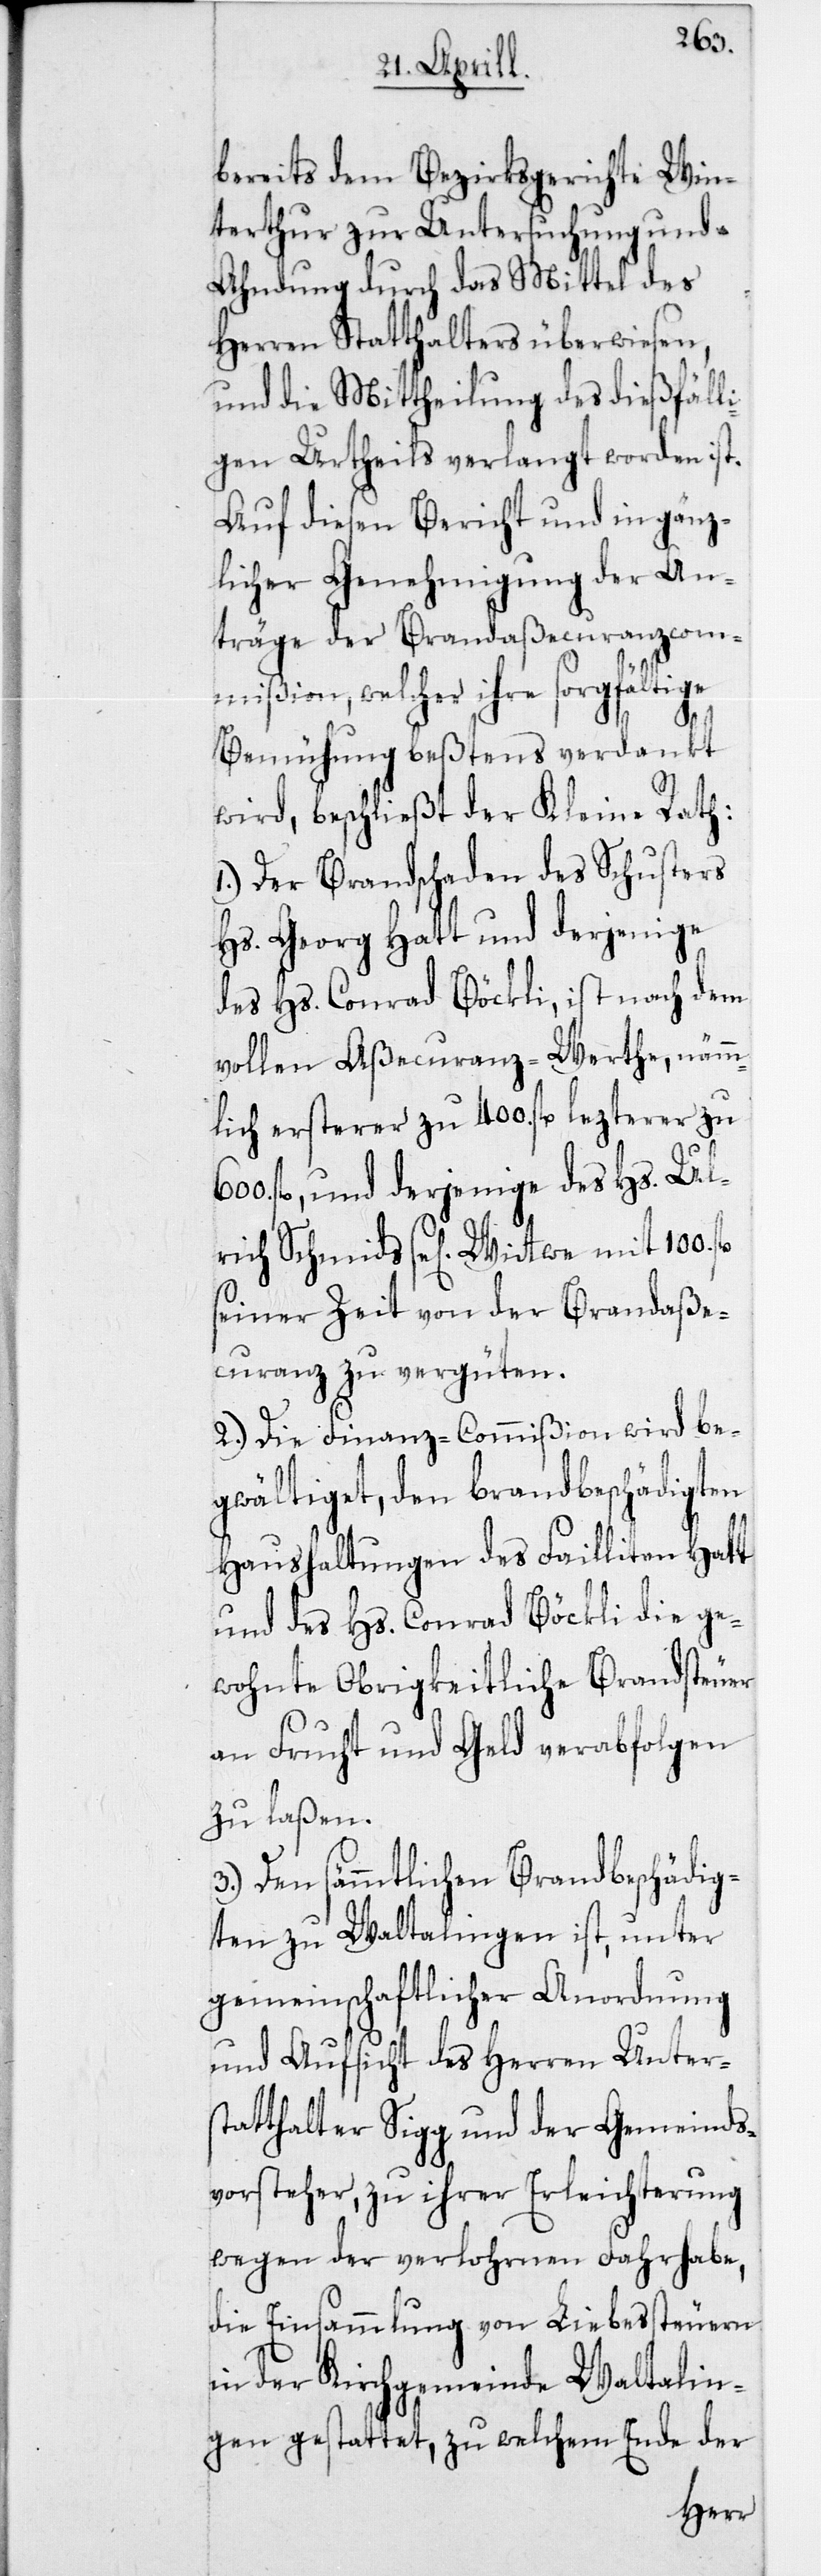
bereits dem Bezirksgerichte Win¬
terthur zur Untersuchung und
Ahndung durch das Mittel des
Herren Statthalters überwiesen,
und die Mittheilung des dießfälli¬
gen Urtheils verlangt worden ist.
Auf diesen Bericht und in gänz¬
licher Genehmigung der An¬
träge der Brandaßecuranzcom¬
mißion, welcher ihre sorgfältige
Bemühung beßtens verdankt
wird, beschließt der Kleine Rath:
1. Der Brandschaden des Schusters
Hs. Georg Hatt und derjenige
des Hs. Conrad Böckli, ist nach dem
vollen Aßecuranz-Werthe, nämm¬
lich ersterer zu 400. fl., lezterer zu
fl., und derjenige des Hs. Ul¬
rich Schmids se[lig] Wittwe mit 100.
seiner Zeit von der Brandaße¬
curanz zu vergüten.
2. Die Finanz-Commißion wird be¬
gwältiget, den brandbeschädigten
Haushaltungen des Failliten Hatt
und des Hs. Conrad Böckli die ge¬
wohnte Obrigkeitliche Brandsteuer
an Frucht und Geld verabfolgen
zu laßen.
3. Den sämmtlichen Brandbeschädig¬
ten zu Waltalingen ist, unter
gemeinschaftlicher Anordnung
und Aufsicht des Herren Unters¬
tatthalter Sigg und der Gemeinds¬
vorsteher, zu ihrer Erleichterung
wegen der verlornen Fahrhabe,
die Einsammlung von Liebessteuern
in der Kirchgemeinde Waltalin¬
gen gestattet, zu welchem Ende der